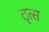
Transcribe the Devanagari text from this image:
तृत्स